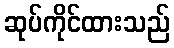
ဆုပ်ကိုင်ထားသည်